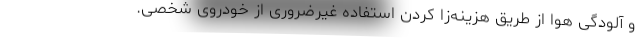
و آلودگی هوا از طریق هزینه‌زا کردن استفاده غیرضروری از خودروی شخصی.